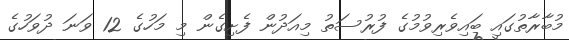
މުބާރާތުގައި ބައިވެރިވުމުގެ ފުރުސަތު މިއަދުން ފެށިގެން މި މަހުގެ 12 ވަނަ ދުވަހުގެ